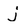
Character: j